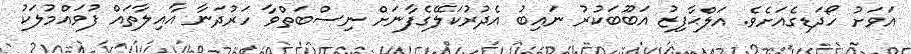
އަވަށު ހޯދަޑިގެއަށެވެ. އަލްޙާފިޒު އަބޫބަކުރު ނައިބު އެދުރުކަލޭގެފާނަށް ނިސްބަތްވާ ހަރުދަނާ އާއިލާތައް ފުވައްމުލަކު